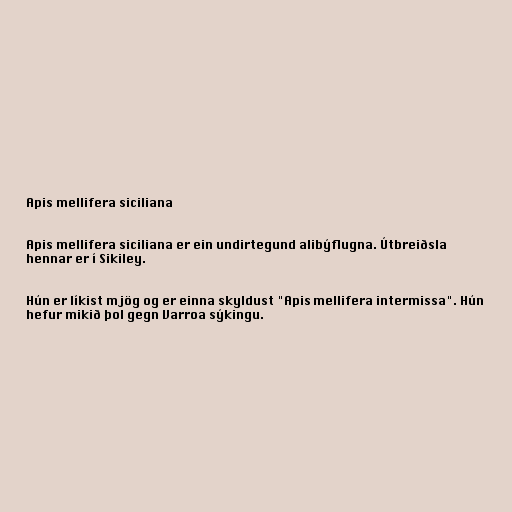
Apis mellifera siciliana

Apis mellifera siciliana er ein undirtegund alibýflugna. Útbreiðsla
hennar er í Sikiley.

Hún er líkist mjög og er einna skyldust "Apis mellifera intermissa". Hún
hefur mikið þol gegn Varroa sýkingu.